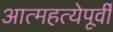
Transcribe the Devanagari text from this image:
आत्महत्येपूर्वी